Indian journal of veterinary science and animal husbandry - Volume 4,
Year: 1934
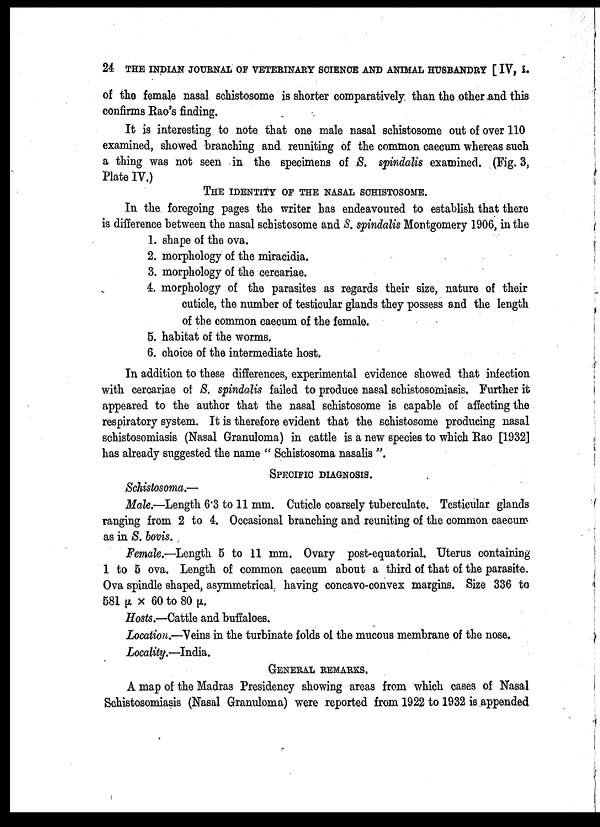
24 THE INDIAN JOURNAL OF VETERINARY SCIENCE AND ANIMAL HUSBANDRY [ IV, I.
of the female nasal schistosome is shorter comparatively than the other and this
confirms Rao's finding.
It is interesting to note that one male nasal schistosome out of over 110
examined, showed branching and reuniting of the common caecum whereas such
a thing was not seen in the specimens of S. spindalis examined. (Fig. 3,
Plate IV.)
THE IDENTITY OF THE NASAL SCHISTOSOME.
In the foregoing pages the writer has endeavoured to establish that there
is difference between the nasal schistosome and S. spindalis Montgomery 1906, in the
1. shape of the ova.
2. morphology of the miracidia.
3. morphology of the cercariae.
4. morphology of the parasites as regards their size, nature of their
cuticle, the number of testicular glands they possess and the length
of the common caecum of the female.
5. habitat of the worms.
6. choice of the intermediate host.
In addition to these differences, experimental evidence showed that infection
with cercariae of S. spindalis failed to produce nasal schistosomiasis. Further it
appeared to the author that the nasal schistosome is capable of affecting the
respiratory system. It is therefore evident that the schistosome producing nasal
schistosomiasis (Nasal Granuloma) in cattle is a new species to which Rao [1932]
has already suggested the name " Schistosoma nasalids ".
SPECIFIC DIAGNOSIS.
Schistosoma.—
Male.—Length 6.3 to 11 mm. Cuticle coarsely tuberculate. Testicular glands
ranging from 2 to 4. Occasional branching and reuniting of the common caecum
as in S. bovis.
Female.—Length 5 to 11 mm. Ovary post-equatorial. Uterus containing
1 to 5 ova. Length of common caecum about a third of that of the parasite.
Ova spindle shaped, asymmetrical„ having concavo-convex margins. Size 336 to
581 µ × 60 to 80 µ.
Hosts.—Cattle and buffaloes.
Location.—Veins in the turbinate folds of the mucous membrane of the nose.
Locality.—India.
GENERAL REMARKS.
A map of the Madras Presidency showing areas from which cases of Nasal
Schistosomiasis (Nasal Granuloma) were reported from 1922 to 1932 is appended